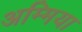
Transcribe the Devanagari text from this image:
अम्मिया